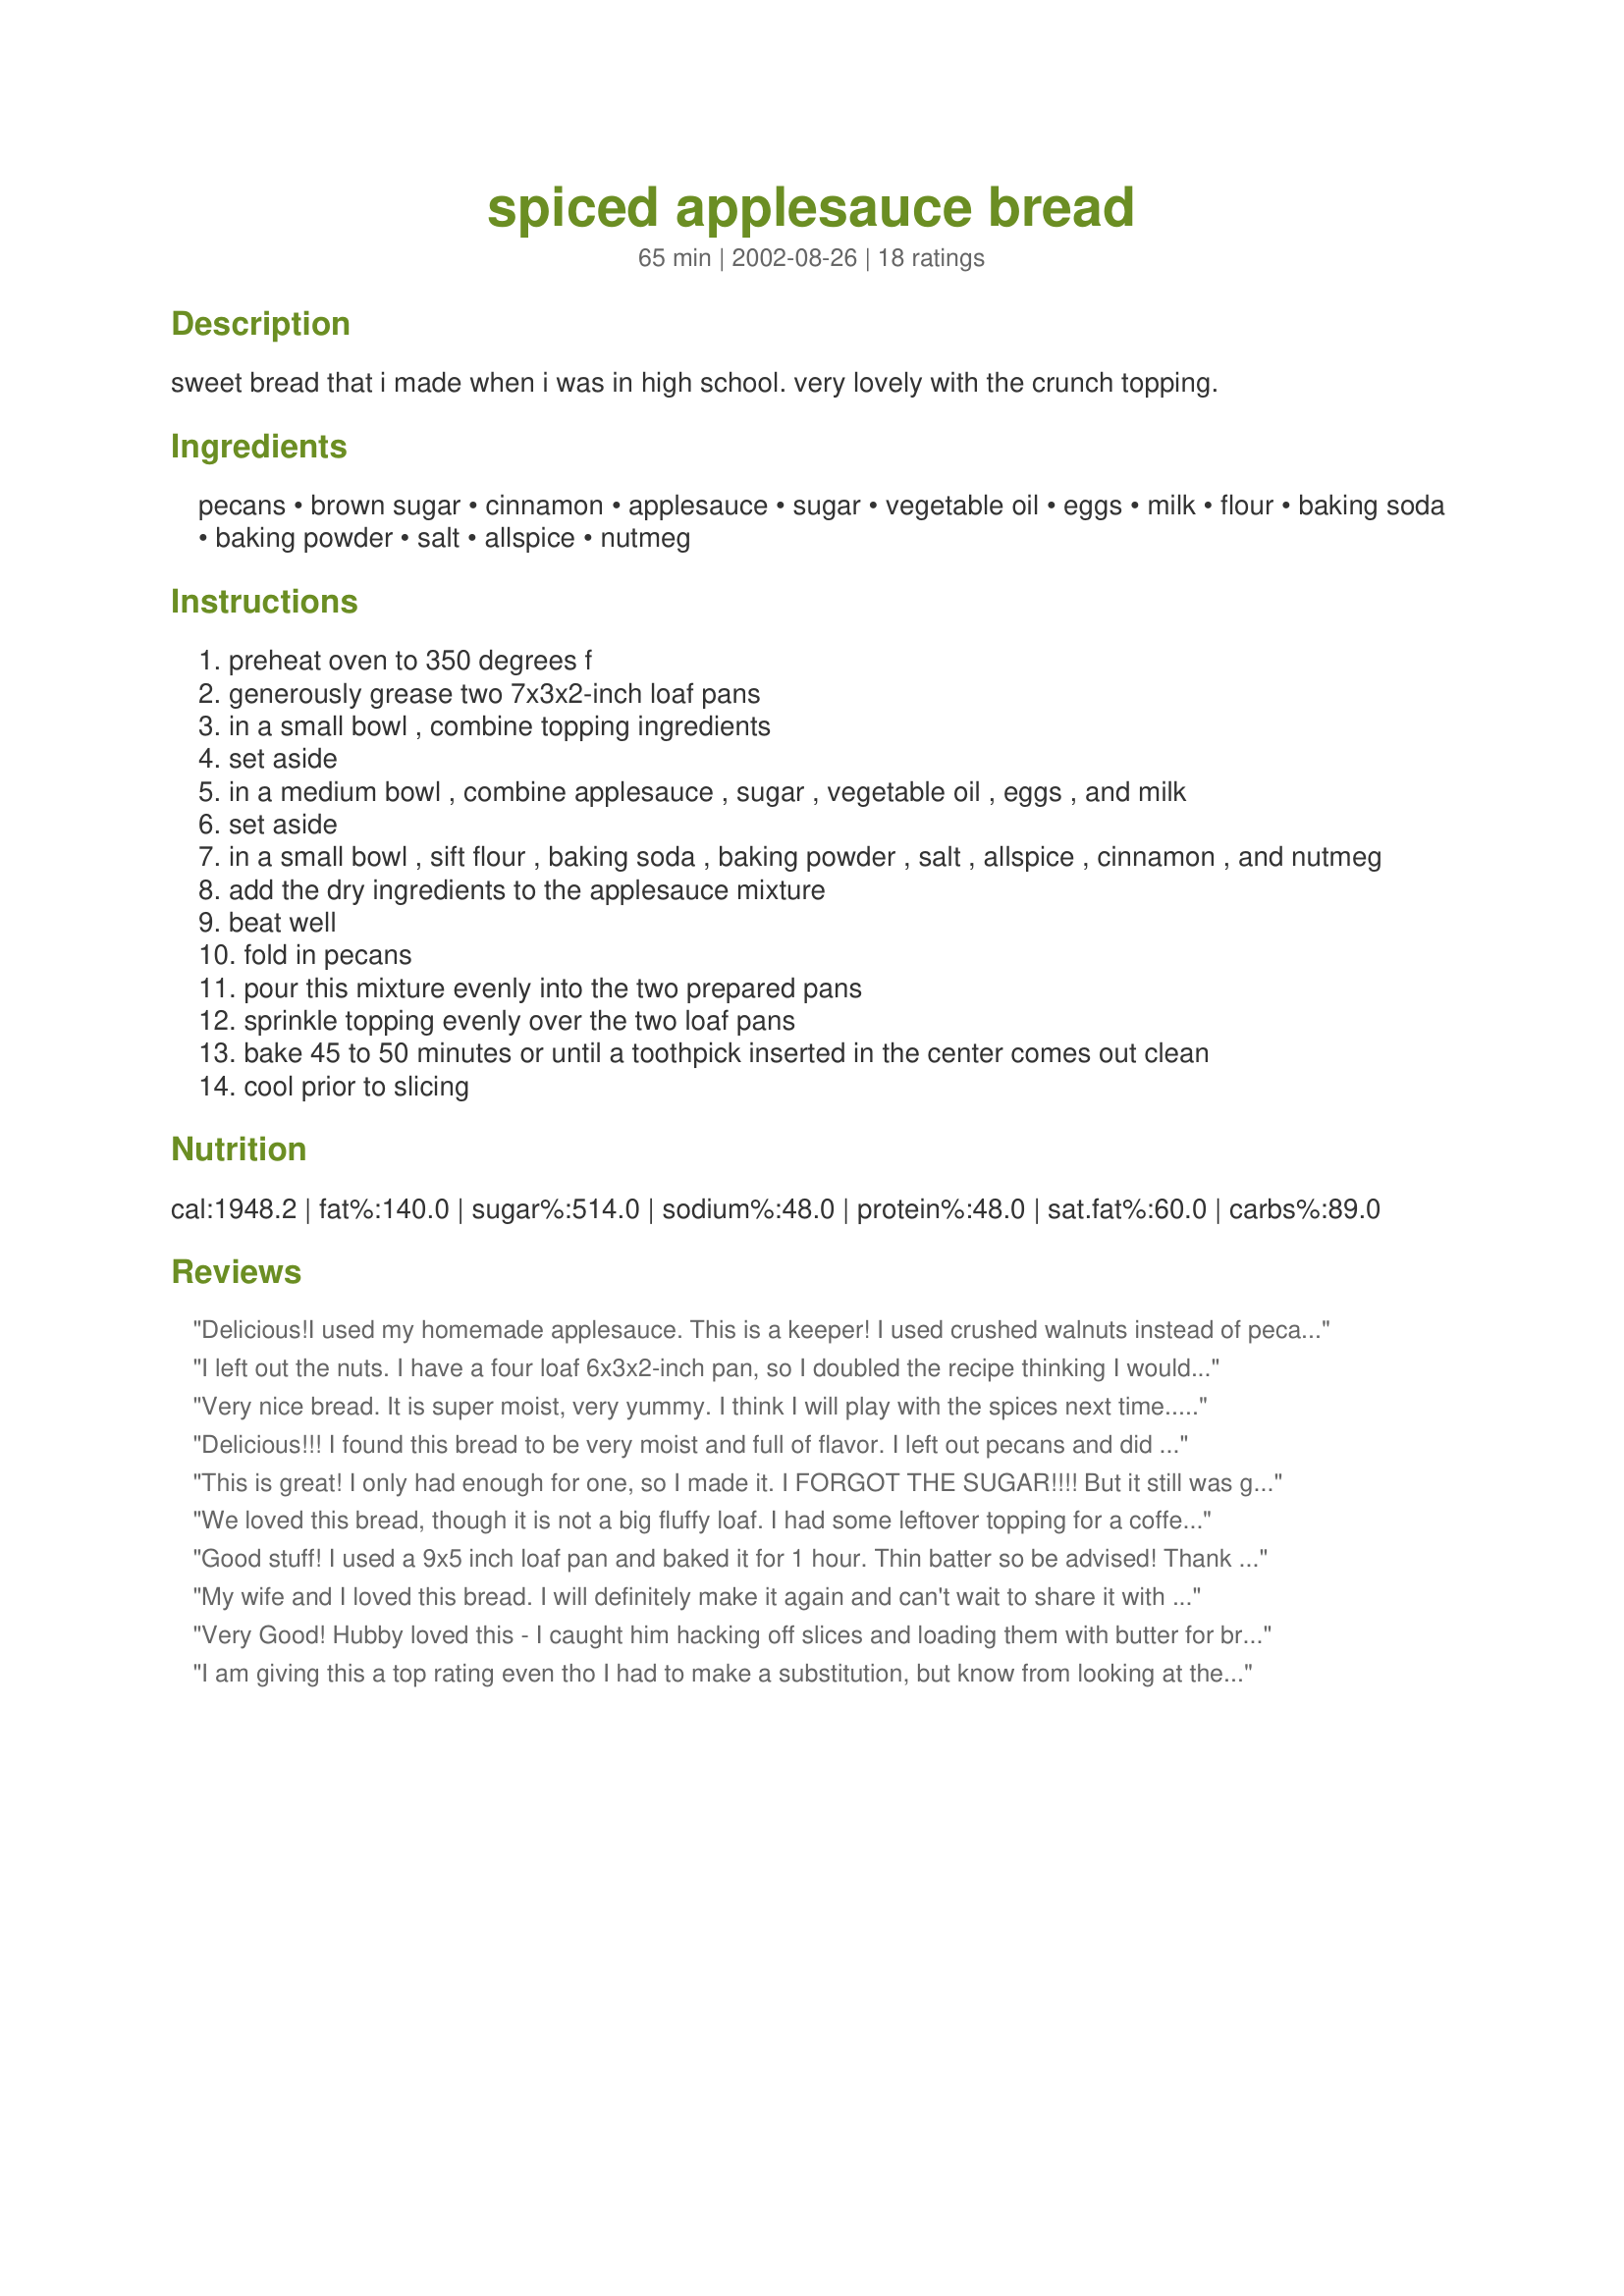
spiced applesauce bread
Preparation time: 65 minutes

sweet bread that i made when i was in high school. very lovely with the crunch topping.

Ingredients:
pecans, brown sugar, cinnamon, applesauce, sugar, vegetable oil, eggs, milk, flour, baking soda, baking powder, salt, allspice, nutmeg

Steps:
preheat oven to 350 degrees f
generously grease two 7x3x2-inch loaf pans
in a small bowl , combine topping ingredients
set aside
in a medium bowl , combine applesauce , sugar , vegetable oil , eggs , and milk
set aside
in a small bowl , sift flour , baking soda , baking powder , salt , allspice , cinnamon , and nutmeg
add the dry ingredients to the applesauce mixture
beat well
fold in pecans
pour this mixture evenly into the two prepared pans
sprinkle topping evenly over the two loaf pans
bake 45 to 50 minutes or until a toothpick inserted in the center comes out clean
cool prior to slicing

Reviews:
Delicious!I used my homemade applesauce. This is a keeper! I used crushed walnuts instead of pecans, they are too expensive here. Great recipe.
I left out the nuts. I have a four loaf 6x3x2-inch pan, so I doubled the recipe thinking I would have 4 tall mini loaves. Not quite. I had four tall mini loaves as well as a very tall 8x4-inch loaf. So I can&#039;t think that had I used a the pan size called for that I would have only gotten 2 loaves from a single batch. Since there was so much in the oven at once, it took forever to cook and smelled slightly burnt by the time it was cooked through. The bread was moist and flavorful though, just ate the top and center of it.
Very nice bread. It is super moist, very yummy. I think I will play with the spices next time...could use a little more of something...just personal preference.
Delicious!!! I found this bread to be very moist and full of flavor. I left out pecans and did not miss them at all. I also took part of the topping and added it in the middle of the batter. There was enough of the topping to do this. It just gave the bread the flavor throughout.
This is a great way to use up applesauce or a reason to buy or can extra(I used my own canned applesauce)! This recipe is also very quick to make. Thanks for sharing.
This is great! I only had enough for one, so I made it. I FORGOT THE SUGAR!!!! But it still was great...haha! Thank you so much, I will definately make it again (with the sugar next time :P)!
We loved this bread, though it is not a big fluffy loaf. I had some leftover topping for a coffee cake that was similar so I just made the batter and then added my topping. I used 1/4 cup of oil, white wheat flour, and left out the nuts in the batter. I managed to get a few slices in the freezer before the rest was devoured. I'll be making more since it is easy and takes ingredients I always have on hand.
Good stuff! I used a 9x5 inch loaf pan and baked it for 1 hour. Thin batter so be advised!
Thank You Caryn!
My wife and I loved this bread. I will definitely make it again and can't wait to share it with others!<br/><br/>I love fresh grated nutmeg and probably used extra, but that is just a personal preference.
Very Good! Hubby loved this - I caught him hacking off slices and loading them with butter for breakfast. Oh well, it's better than going hungry!
I am giving this a top rating even tho I had to make a substitution, but know from looking at the recipe that using all applesauce will be great. Ran out of applesauce and substituted 1/2 cup pumpkin with wonderful results - maybe it can be another take on applesauce breads. Thanks for a very easy and tasty bread.
I made this to put in my son's lunch box for his morning school snack. It was delicious, even without the topping, which I left off due to running out of brown sugar. I used half whole wheat flour and half white whole wheat flour and it still wasn't too dense.

This bread did turn out to be a flat-ish loaf, but that might very well be from my leavening agents getting old. :D

Thank you for a yummy, easy to make snack bread!
My mother made this bread all the time when I was growing up. She used walnuts instead of pecans and I like it much better that way! I add 1/2 to 1 cup raisins.
Yummy,Moist,with a tasty crunchy topping.The house smelled so good while it was baking could hardly wait to taste it. Very easy to make. I did add a cup of raisins. This will make a great bread for gifts at Christmas. Thanks Caryn
This is such a forgiving recipe! Sometimes make it with applesauce, sometimes with homemade apple pie filling (reduce sugar and spices), always add cardimom (personal favorite) and vary the types of flours. ALWAYS turns out beautifully. Thanks Caryn!
I made this recipe for the first time for my family, and it was a hit! After I put the batter/topping in the loaf pan, I felt it didn't have enough batter, so I increased everything (except for the topping ingredients) by 1/4, and it was perfect! I didn't have to change the temperature or baking time, either... it's perfect with a tall glass of milk!
We loved this bread. It's incredibly moist, melt-in-your-mouth tender, and the spices are well-balanced. I reduced the oil to 1/3 cup and will try 1/4 cup the next time to see if there's an appreciable difference in the texture. I added a generous teaspoon of vanilla and used a bit more cinnamon in both the topping and the batter. A single recipe yielded 3 large 5X3-inch mini loaves which took about 45 minutes to bake. I made twice the amount of topping and sprinkled half in the middle and half on top of the loaves. I didn't add pecans to the batter since there were nuts in the middle layer of topping already. Thanks for a great recipe.
What a great, moist bread and the topping on this is delicious!
I really enjoyed this bread. Made a few changes though due to what I had on hand; used 1/2 cup brown sugar and 1/2 Splenda. Also used my homemade applesauce which had some grated lemon rind in it. Thanks for a keeper recipe, Caryn.
